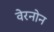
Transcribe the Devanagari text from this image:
वेरनोन